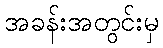
အခန်းအတွင်းမှ